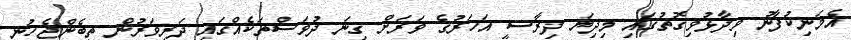
އެމަނިކުފާނު ވިދާޅުވިގޮތުގައި މިދިޔަ ދިރާސީ އަހަރުގެ ވަރަށް ގިނަ ދުވަސްތަކެއްގައި ދަރިވަރުން ތިބެންޖެހުނީ